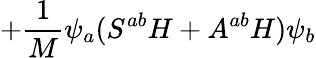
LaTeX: +{\frac{1}{M}}\psi_{a}(S^{ab}H+A^{ab}H)\psi_{b}